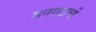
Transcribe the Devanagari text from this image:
मनगटाची